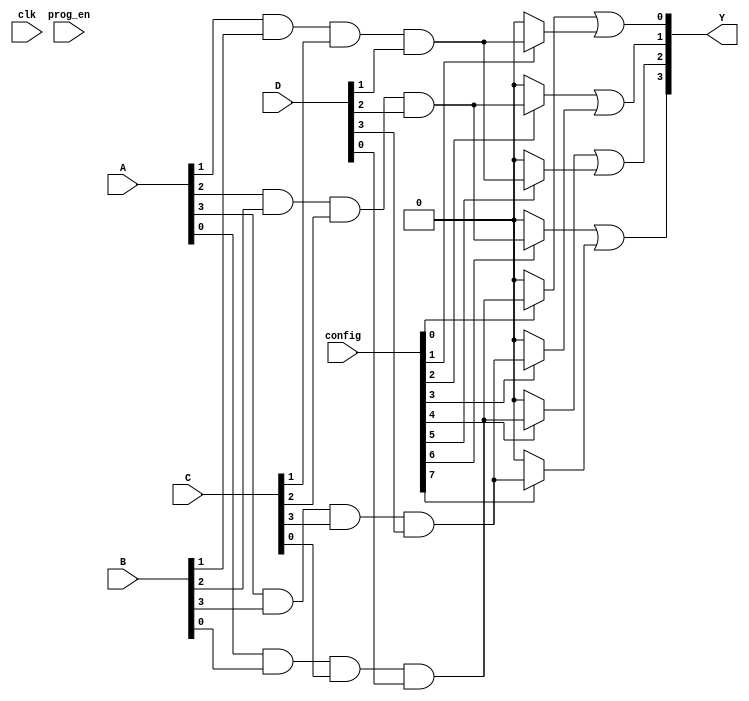
module FlashProgrammablePAL (
    input wire [3:0] A,          // Four input lines (A0, A1, A2, A3)
    input wire [3:0] B,          // Four input lines (B0, B1, B2, B3)
    input wire [3:0] C,          // Four input lines (C0, C1, C2, C3)
    input wire [3:0] D,          // Four input lines (D0, D1, D2, D3)
    input wire [15:0] config,    // Configuration bits for the AND gates
    input wire clk,              // Clock for the programming
    input wire prog_en,          // Enable programming mode
    output wire [3:0] Y          // Output lines (Y1, Y2, Y3, Y4)
);

    // Declare internal signals for AND gate outputs
    wire [7:0] and_out;          // Outputs of the AND gates

    // -- AND Array Implementation --
    genvar i;
    generate
        for (i = 0; i < 8; i = i + 1) begin : and_array
            // Each AND gate can be programmed based on configuration bits
            assign and_out[i] = (config[i] == 1'b1) ? 
                (A[i%4] & B[i%4] & C[i%4] & D[i%4]) : 0; // Example using A, B, C, D inputs
        end
    endgenerate

    // -- Fixed OR Array Implementation --
    assign Y[0] = and_out[0] | and_out[1];
    assign Y[1] = and_out[2] | and_out[3];
    assign Y[2] = and_out[4] | and_out[5];
    assign Y[3] = and_out[6] | and_out[7];

    // -- Programming Logic --
    always @(posedge clk) begin
        if (prog_en) begin
            // Logic to program the flash memory can be added here.
            // In a real design, this would include writing the configuration bits to flash.
        end
    end

endmodule